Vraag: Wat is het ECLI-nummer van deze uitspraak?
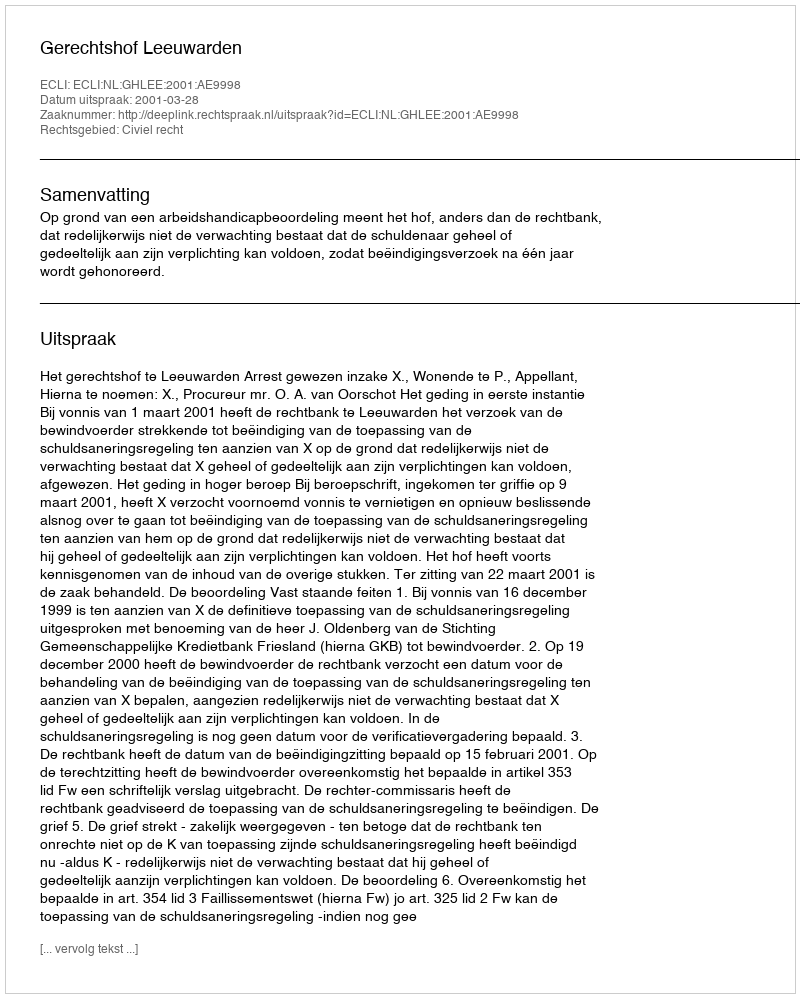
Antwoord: ECLI:NL:GHLEE:2001:AE9998